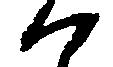
に